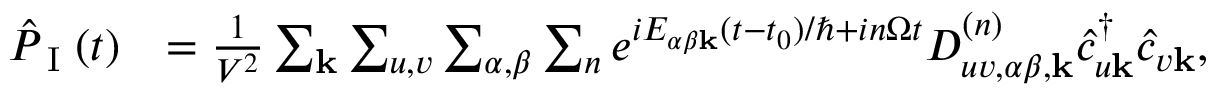
\begin{array} { r l } { \hat { P } _ { \textrm { I } } ( t ) } & { = \frac { 1 } { V ^ { 2 } } \sum _ { \mathbf { k } } \sum _ { u , v } \sum _ { \alpha , \beta } \sum _ { n } e ^ { i E _ { \alpha \beta \mathbf { k } } ( t - t _ { 0 } ) / \hbar + i n \Omega t } D _ { u v , \alpha \beta , \mathbf { k } } ^ { ( n ) } \hat { c } _ { u \mathbf { k } } ^ { \dagger } \hat { c } _ { v \mathbf { k } } , } \end{array}